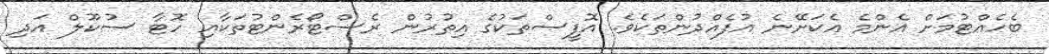
ބެހެއްޓުމަށް އެންމެ އެކަށޭނެ އުފެއްދުންތަކެވެ. އޮފީސްތަކުގެ އިތުރުން ރެސްޓޯރެންޓުތަކާއި ހޮޓާ ސުކޫލް އަދި